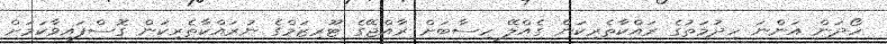
ހޯދަން އަންނަ ހިދުމަތުގެ ރައްކާތެރިކަން ގެއްލޭ ހިސާބަށް ރާއްޖޭގެ ޓޫރިޒަމްގެ ނުރައްކާތެރިކަން ގޮސްފައިވާކަމަށް